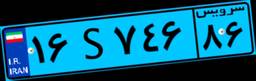
۰۰S۷۰۰۸۸